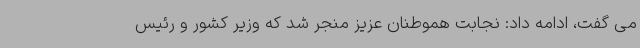
می گفت، ادامه داد: نجابت هموطنان عزیز منجر شد که وزیر کشور و رئیس